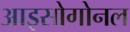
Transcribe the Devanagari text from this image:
आइसोगोनल